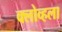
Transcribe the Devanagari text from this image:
क्लोव्हला